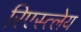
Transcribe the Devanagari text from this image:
रिएस्त्लेय